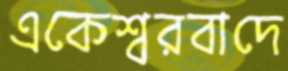
একেশ্বরবাদে